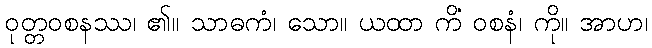
ဝုတ္တဝစနဿ၊ ၏။ သာဓကံ၊ သော။ ယထာ ကိံ ဝစနံ၊ ကို။ အာဟ၊